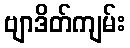
ဗျာဒိတ်ကျမ်း